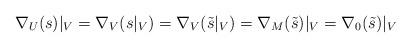
LaTeX: \begin{align*}\nabla_U(s)|_V = \nabla_V(s|_V) = \nabla_V({\tilde s}|_V) = \nabla_M(\tilde s)|_V = \nabla_0(\tilde s)|_V\end{align*}